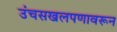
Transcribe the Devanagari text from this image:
उंचसखलपणावरून